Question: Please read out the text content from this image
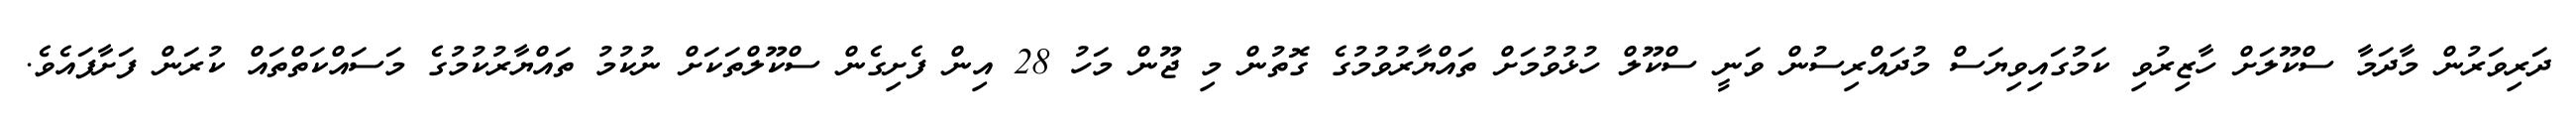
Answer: ދަރިވަރުން މާދަމާ ސްކޫލަށް ހާޒިރުވި ކަމުގައިވިޔަސް މުދައްރިސުން ވަނީ ސްކޫލް ހުޅުވުމަށް ތައްޔާރުވުމުގެ ގޮތުން މި ޖޫން މަހު 28 އިން ފެށިގެން ސްކޫލްތަކަށް ނުކުމު ތައްޔާރުކުމުގެ މަސައްކަތްތައް ކުރަން ފަށާފައެވެ.